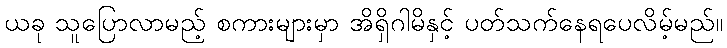
ယခု သူပြောလာမည့် စကားများမှာ အိရှိဂါမိနှင့် ပတ်သက်နေရပေလိမ့်မည်။